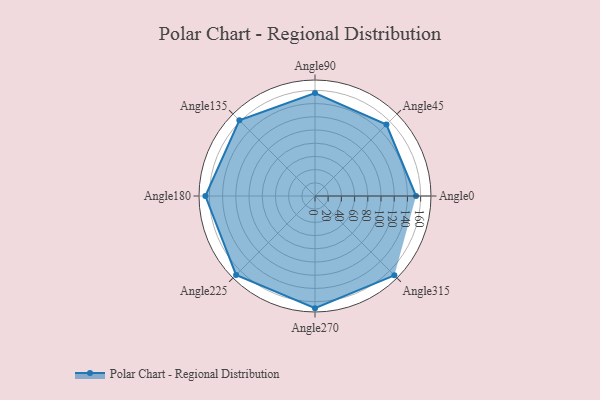
{"axis": {"x": "Angle", "y": "Radius"}, "legend": [""], "data": [{"x": "Angle0", "y": 153.0, "type": ""}, {"x": "Angle45", "y": 153.0, "type": ""}, {"x": "Angle90", "y": 156.0, "type": ""}, {"x": "Angle135", "y": 162.0, "type": ""}, {"x": "Angle180", "y": 166.0, "type": ""}, {"x": "Angle225", "y": 169.0, "type": ""}, {"x": "Angle270", "y": 170, "type": ""}, {"x": "Angle315", "y": 170, "type": ""}]}